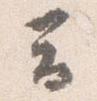
云